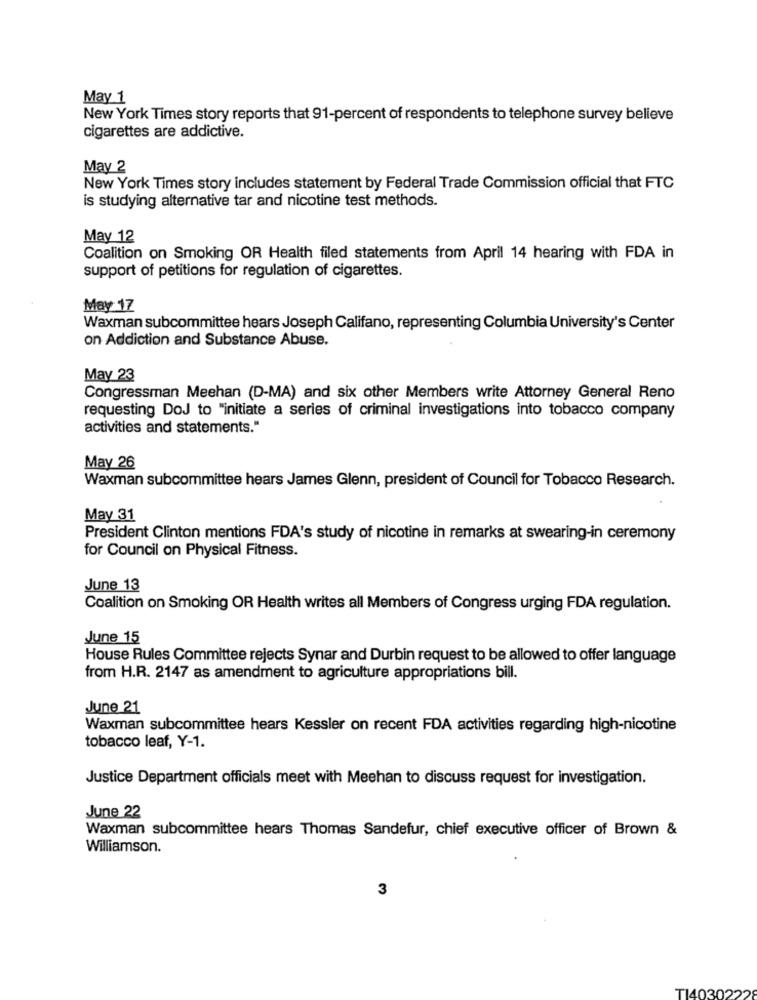
May 1
New York Times story reports that 91-percent of respondents to telephone survey believe
cigarettes are addictive.
May 2
New York Times story includes statement by Federal Trade Commission official that FTC
is studying alternative tar and nicotine test methods.
May 12
Coalition on Smoking OR Health filed statements from April 14 hearing with FDA in
support of petitions for regulation of cigarettes.
May 17
Waxman subcommittee hears Joseph Califano, representing Columbia University's Center
on Addiction and Substance Abuse.
May 23
Congressman Meehan (D-MA) and six other Members write Attorney General Reno
requesting DoJ to "initiate a series of criminal investigations into tobacco company
activities and statements."
May 26
Waxman subcommittee hears James Glenn, president of Council for Tobacco Research.
May 31
President Clinton mentions FDA's study of nicotine in remarks at swearing-in ceremony
for Council on Physical Fitness.
June 13
Coalition on Smoking OR Health writes all Members of Congress urging FDA regulation.
June 15
House Rules Committee rejects Synar and Durbin request to be allowed to offer language
from H.R. 2147 as amendment to agriculture appropriations bill.
June 21
Waxman subcommittee hears Kessler on recent FDA activities regarding high-nicotine
tobacco leaf, Y-1.
Justice Department officials meet with Meehan to discuss request for investigation.
June 22
Waxman subcommittee hears Thomas Sandefur, chief executive officer of Brown &
Williamson.
3
TI403022'